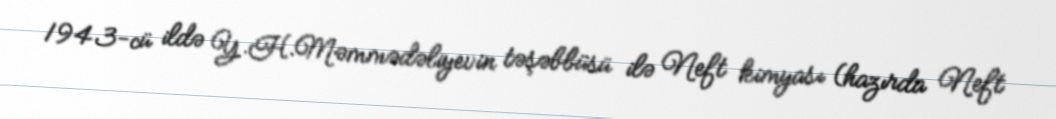
1943-cü ildə Y.H.Məmmədəliyevin təşəbbüsü ilə Neft kimyası (hazırda Neft